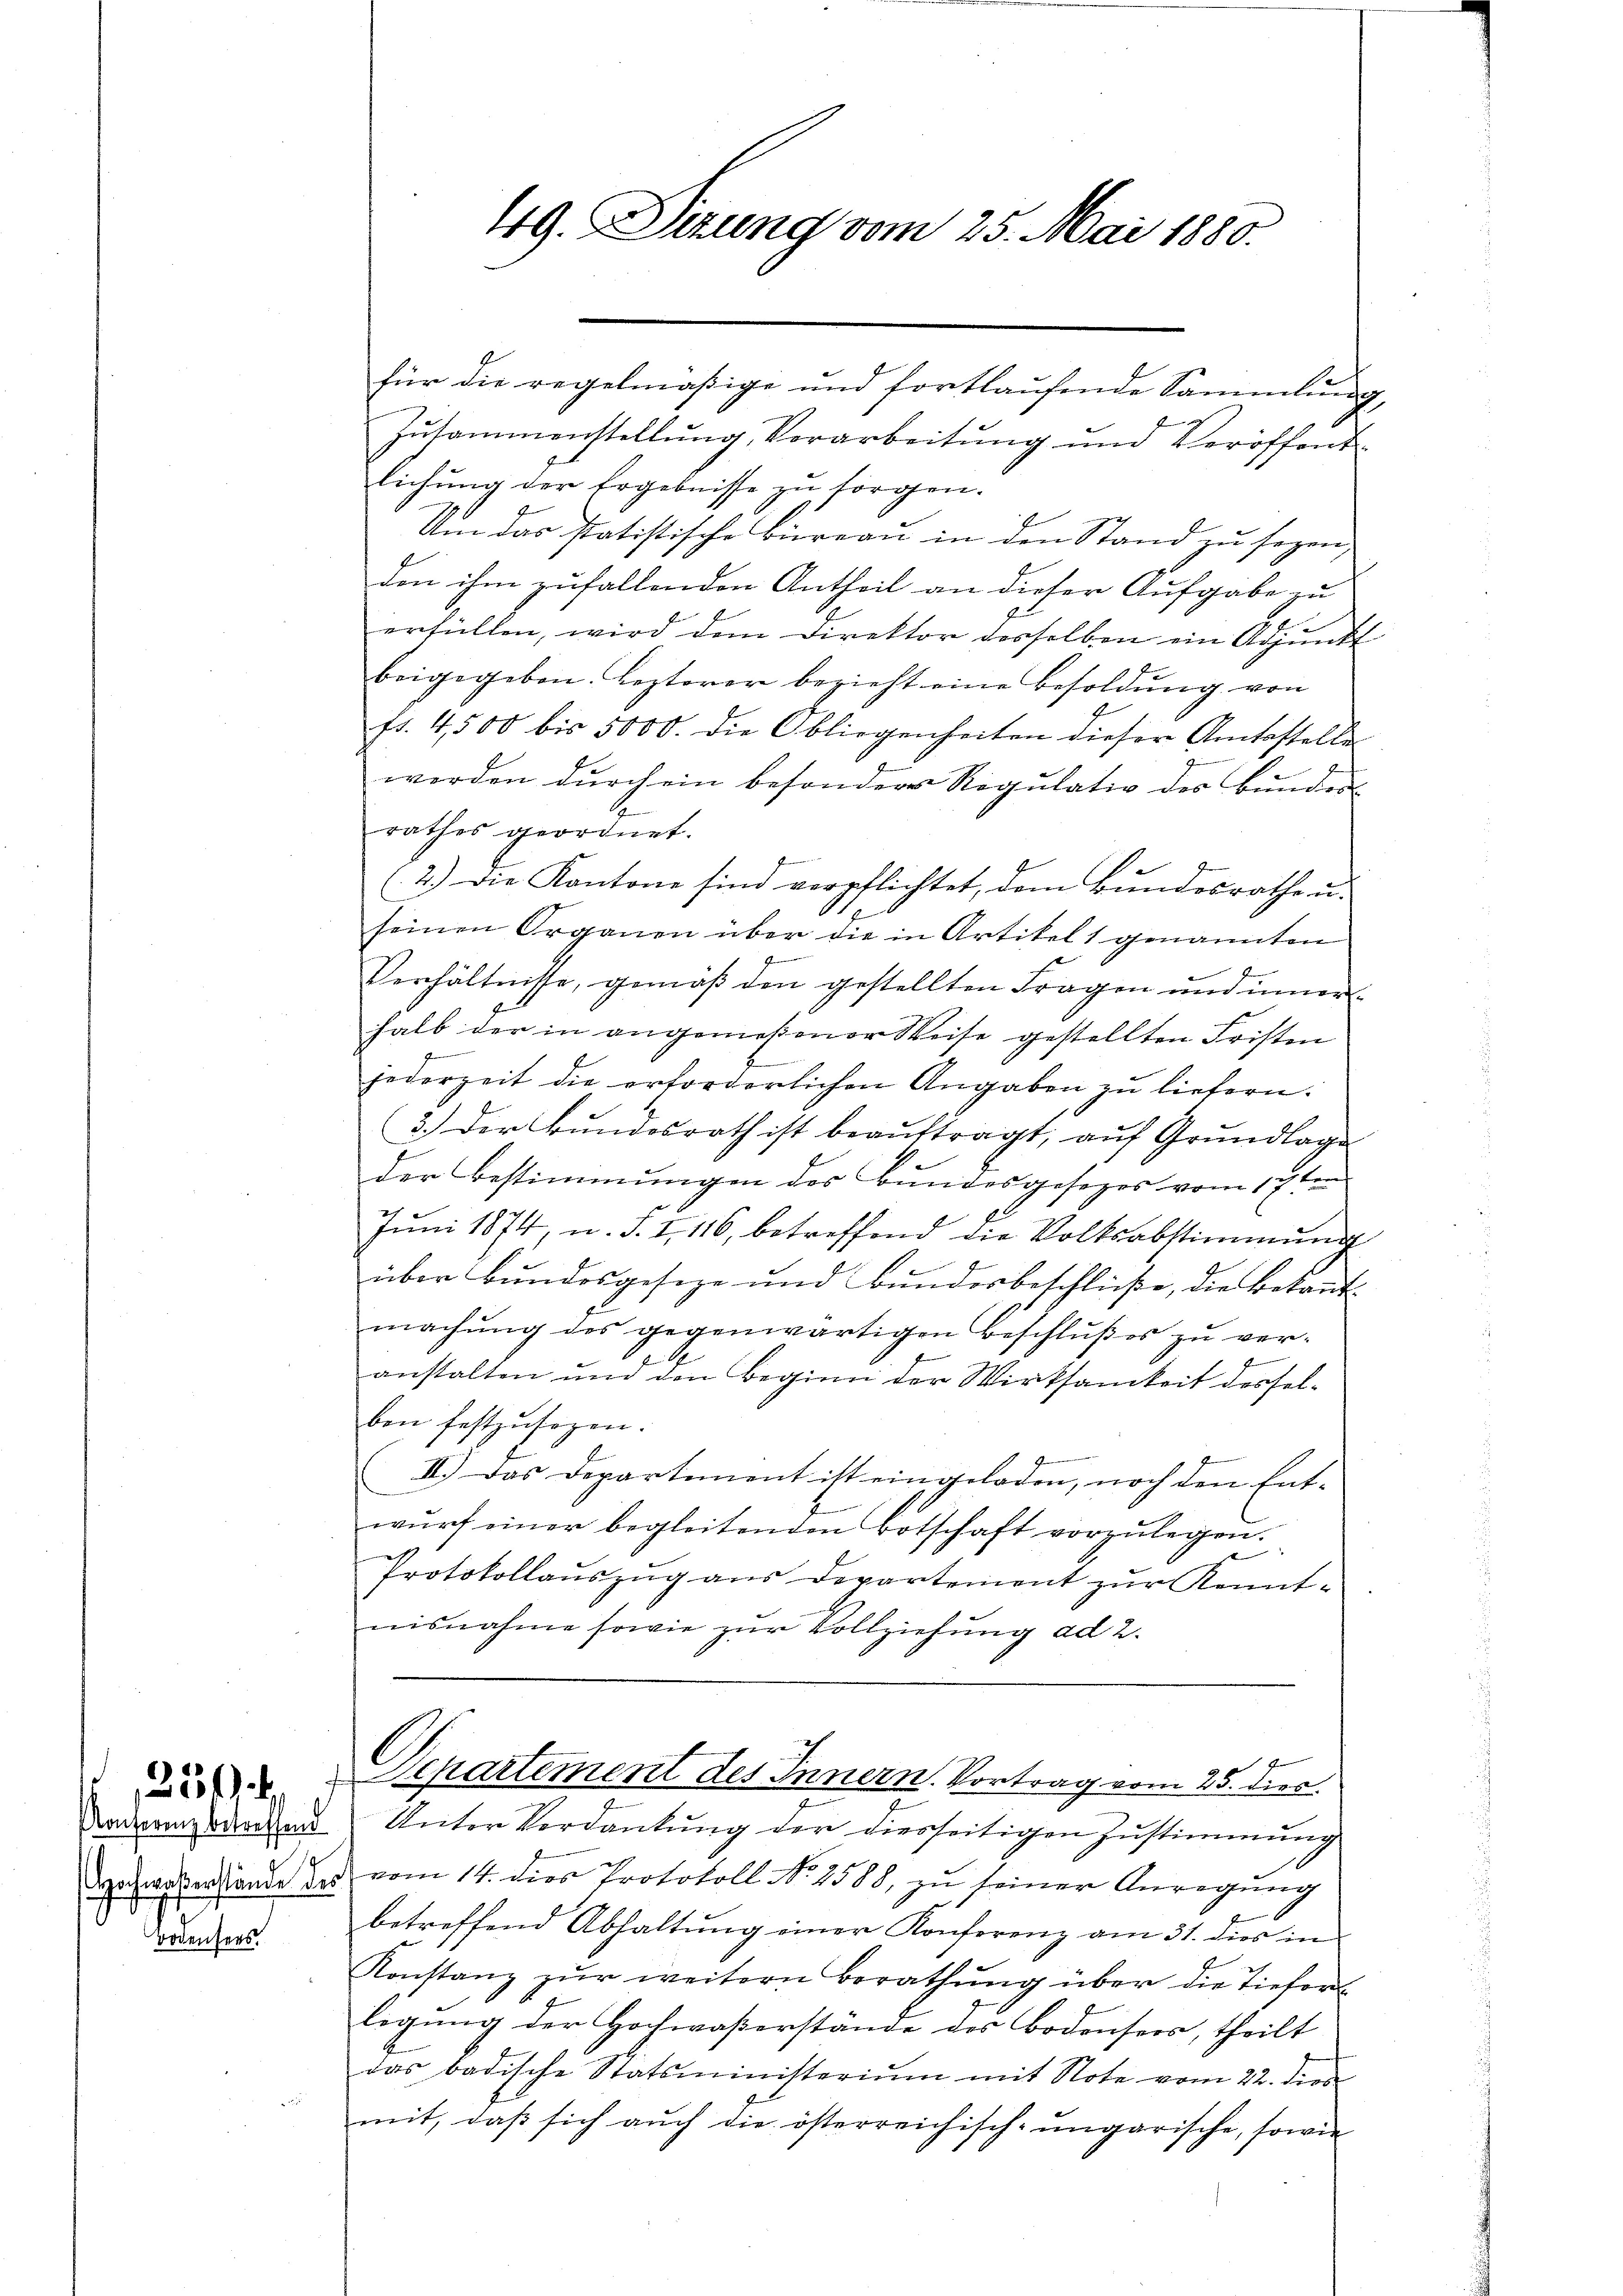
Konferenz betreffend
Hochwaßerstände des
Bodensers.

für die regelmäßige und fortlaufende Sammlung
Zusammenstellung, Vorarbeitung und Veröffentlichung der Ergebnisse zu sorgen.
Um das statistische Bureau in den Stand zu seyen,
den ihm zufallenden Antheil an dieser Aufgabe zu
erfüllen, wird dem Direktor desselben ein Adjunkt
beigegeben. Lezterer bezieht eine Besoldŭng von
11. 4500 bis 5000. die Obliegenheiten dieser Amtsstelle
werden durch ein besondere Regulativ des Bunder
1
rathes geordnet.
(2.) Die Kantone sind verpflichtet, dem Bundesrathem
seinen Organen über die in Artikel 1 genannten
Verhältnisse, gemäß den gestellten Fragen und innerhalb der in angemeßener Weise gestellten Fristen
jederzeit die erforderlichen Angaben zu liefern.
3.) Der Bŭndesrath ist beaŭftragt, aŭf Grŭndlage
der Bestimmungen des Bundesgesezes vom 17ten
Juni 1874, u. J. I, 116, betreffend die Volksabstimmung
über Bundesgeseze und Bundesbeschließe, die Bekannt
machŭng des gegenwärtigen Beschlußes zu ver-
anstalten und den Beginn der Wirksamkeit desselben festzusehen.
II.) Das Departement ist eingeladen, noch den Ent-
wŭrf einer begleitenden Botschaft vorzŭlegen.
Protokollauszug aus Departement zur Kennt-
nisnahme sowie zur Vollziehung ad 2.

 Repartement des Innern. Vortrag vom 25. dies
Unter Verdankung der diesseitigen Zustimmung
vom 14. dies Protokoll No 2588, zu seiner Anregung
betreffend Abhaltung einer Konferenz am 31. dies in
Konstanz zur weitern Berathung über die Tiefert
legung der Hochwaßerstände des Bodensees, theilt
das badische Statsministeriŭm mit Note vom 22. dies
mit, daβ sich aŭch die österreichisch-ungarische, sowie

49. Dizung vom 25. Mai 1880.